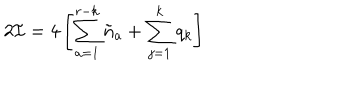
2 { \cal I } = 4 \left[ \sum _ { a = 1 } ^ { r - k } \tilde { n } _ { a } + \sum _ { j = 1 } ^ { k } q _ { k } \right]